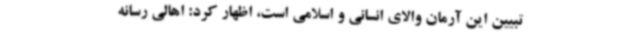
تبیین این آرمان والای انسانی و اسلامی است، اظهار کرد: اهالی رسانه